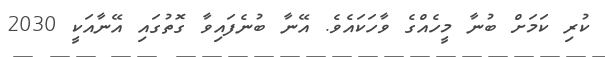
ކުރި ކަމަށް ބުނާ މީހެއްގެ ވާހަކައެވެ. އޭނާ ބުނެފައިވާ ގޮތުގައި އޭނާއަކީ 2030